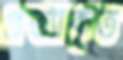
প্রত্যীকৃত